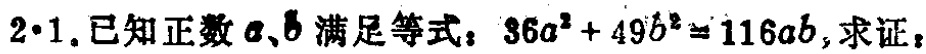
$2\cdot1$.已知正数\(a\)、\(b\)满足等式：\(36a^{2}+49b^{2}=116ab\)，求证：